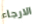
الارجاء